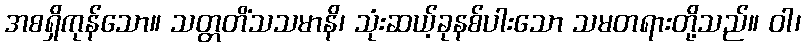
အစရှိကုန်သော။ သတ္တတိံသသမာနိ၊ သုံးဆယ့်ခုနစ်ပါးသော သမတရားတို့သည်။ ဝါ၊